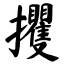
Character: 攫